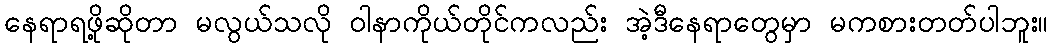
နေရာရဖို့ဆိုတာ မလွယ်သလို ဝါနာကိုယ်တိုင်ကလည်း အဲ့ဒီနေရာတွေမှာ မကစားတတ်ပါဘူး။